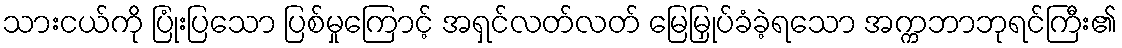
သားငယ်ကို ပြုံးပြသော ပြစ်မှုကြောင့် အရှင်လတ်လတ် မြေမြှုပ်ခံခဲ့ရသော အက္ကဘာဘုရင်ကြီး၏